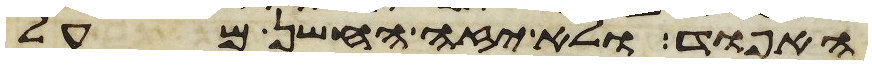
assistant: האפוד ולא יזה החשן מעל